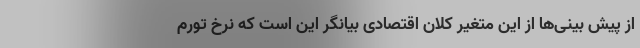
از پیش بینی‌ها از این متغیر کلان اقتصادی بیانگر این است که نرخ تورم